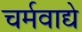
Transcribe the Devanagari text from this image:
चर्मवाद्ये